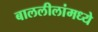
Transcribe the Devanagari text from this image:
बाललीलांमध्ये